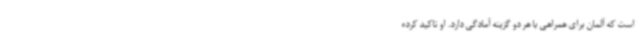
است که آلمان برای همراهی با هر دو گزینه آمادگی دارد. او تاکید کرده